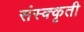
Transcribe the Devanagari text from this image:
संस्क्कृती